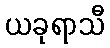
ယခုရာသီ